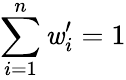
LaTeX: \sum_{i=1}^{n}\mathit{w}_{i}^{\prime}=1